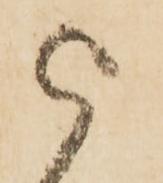
被